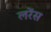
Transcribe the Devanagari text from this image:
लरेंस